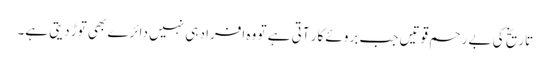
تاریخ کی بے رحم قوتیں جب بروئے کار آتی ہے تو وہ افراد ہی نہیں دائرے بھی توڑ دیتی ہے۔